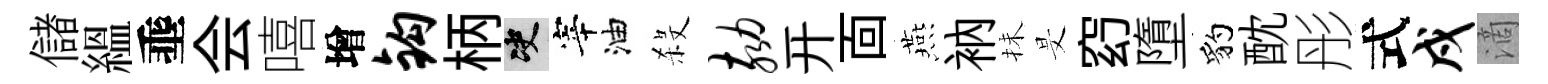
儲緼埀会嘻增钩柄决宰油殺劾开靣燕衲抺旻𥥆墮豹酖彤式戍滴